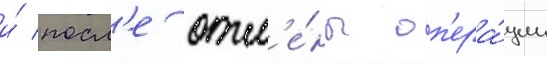
и́ посл'е отм'е́ны оп'ера́ции